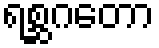
ရစ္ဆဂတော